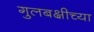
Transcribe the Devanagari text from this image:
गुलबक्षीच्या